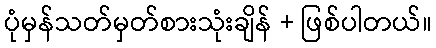
ပုံမှန်သတ်မှတ်စားသုံးချိန် + ဖြစ်ပါတယ်။